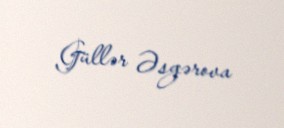
Güllər Əsgərova